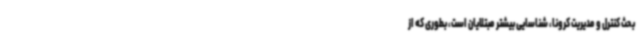
بحث کنترل و مدیریت کرونا، شناسایی بیشتر مبتلایان است، بطوری که از